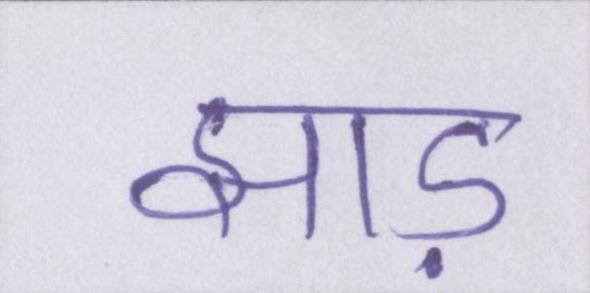
झाड़